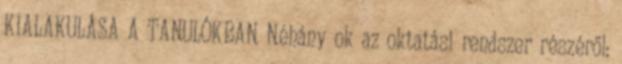
KIALAKULÁSA A TANULÓKBAN Néhány ok az oktatási rendszer részéről: